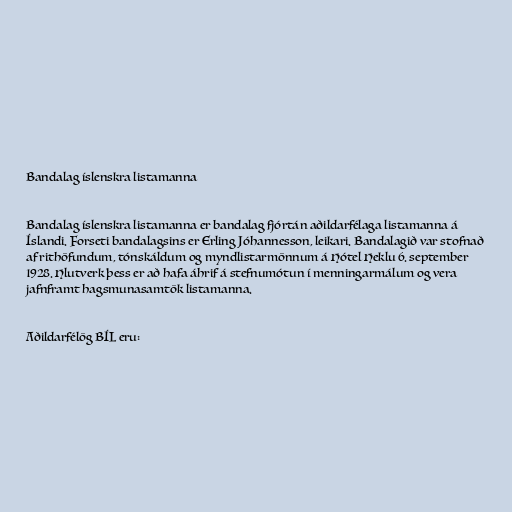
Bandalag íslenskra listamanna

Bandalag íslenskra listamanna er bandalag fjórtán aðildarfélaga listamanna á
Íslandi. Forseti bandalagsins er Erling Jóhannesson, leikari. Bandalagið var stofnað
af rithöfundum, tónskáldum og myndlistarmönnum á Hótel Heklu 6. september
1928. Hlutverk þess er að hafa áhrif á stefnumótun í menningarmálum og vera
jafnframt hagsmunasamtök listamanna.

Aðildarfélög BÍL eru: